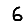
Digit: 6